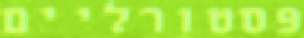
פסטורליים